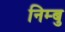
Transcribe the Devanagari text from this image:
निम्बु